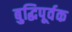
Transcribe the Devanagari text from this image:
बुद्धिपूर्वक